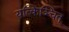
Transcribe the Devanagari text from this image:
यत्किञ्चित्